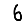
Digit: 6